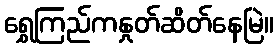
ရွှေကြည်ကနှုတ်ဆိတ်နေမြဲ။